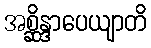
အစ္ဆိန္ဒာပေယျာတိ